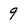
Character: 9